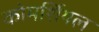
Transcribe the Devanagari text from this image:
कोमर्शियल